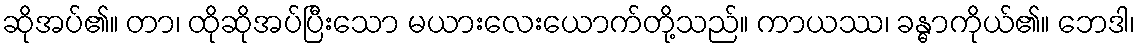
ဆိုအပ်၏။ တာ၊ ထိုဆိုအပ်ပြီးသော မယားလေးယောက်တို့သည်။ ကာယဿ၊ ခန္ဓာကိုယ်၏။ ဘေဒါ၊